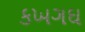
કખગઘ